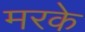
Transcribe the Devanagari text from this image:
मरके